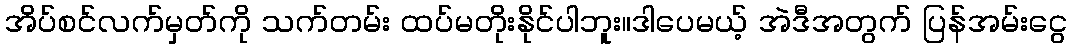
အိပ်စင်လက်မှတ်ကို သက်တမ်း ထပ်မတိုးနိုင်ပါဘူး။ဒါပေမယ့် အဲဒီအတွက် ပြန်အမ်းငွေ